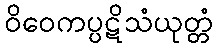
ဝိဝေကပ္ပဋိသံယုတ္တံ